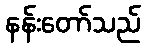
နန်းတော်သည်